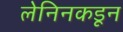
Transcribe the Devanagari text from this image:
लेनिनकडून